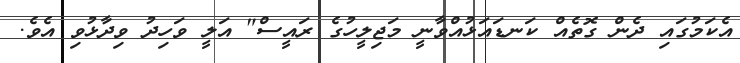
އެކަމުގައި ދެން ގޮތެއް ކަނޑައަޅުއްވާނީ މަޖިލީހުގެ ރައީސް" އަލީ ވަހިދު ވިދާޅުވި އެވެ.